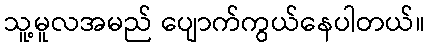
သူ့မူလအမည် ပျောက်ကွယ်နေပါတယ်။